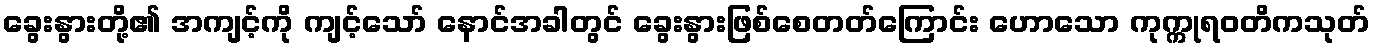
ခွေးနွားတို့၏ အကျင့်ကို ကျင့်သော် နောင်အခါတွင် ခွေးနွားဖြစ်စေတတ်ကြောင်း ဟောသော ကုက္ကုရဝတိကသုတ်